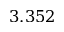
3 . 3 5 2